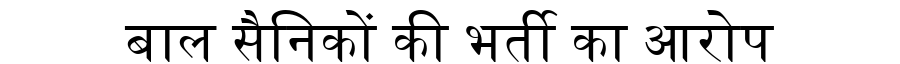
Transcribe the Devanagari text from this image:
बाल सैनिकों की भर्ती का आरोप